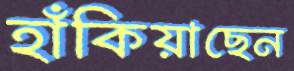
হাঁকিয়াছেন